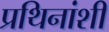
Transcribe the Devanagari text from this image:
प्रथिनांशी